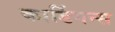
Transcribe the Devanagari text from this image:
कार्डिगन्स